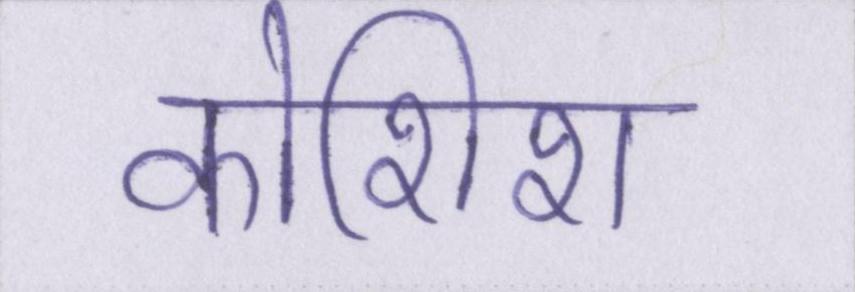
कोशिश